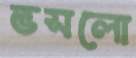
ভসলো